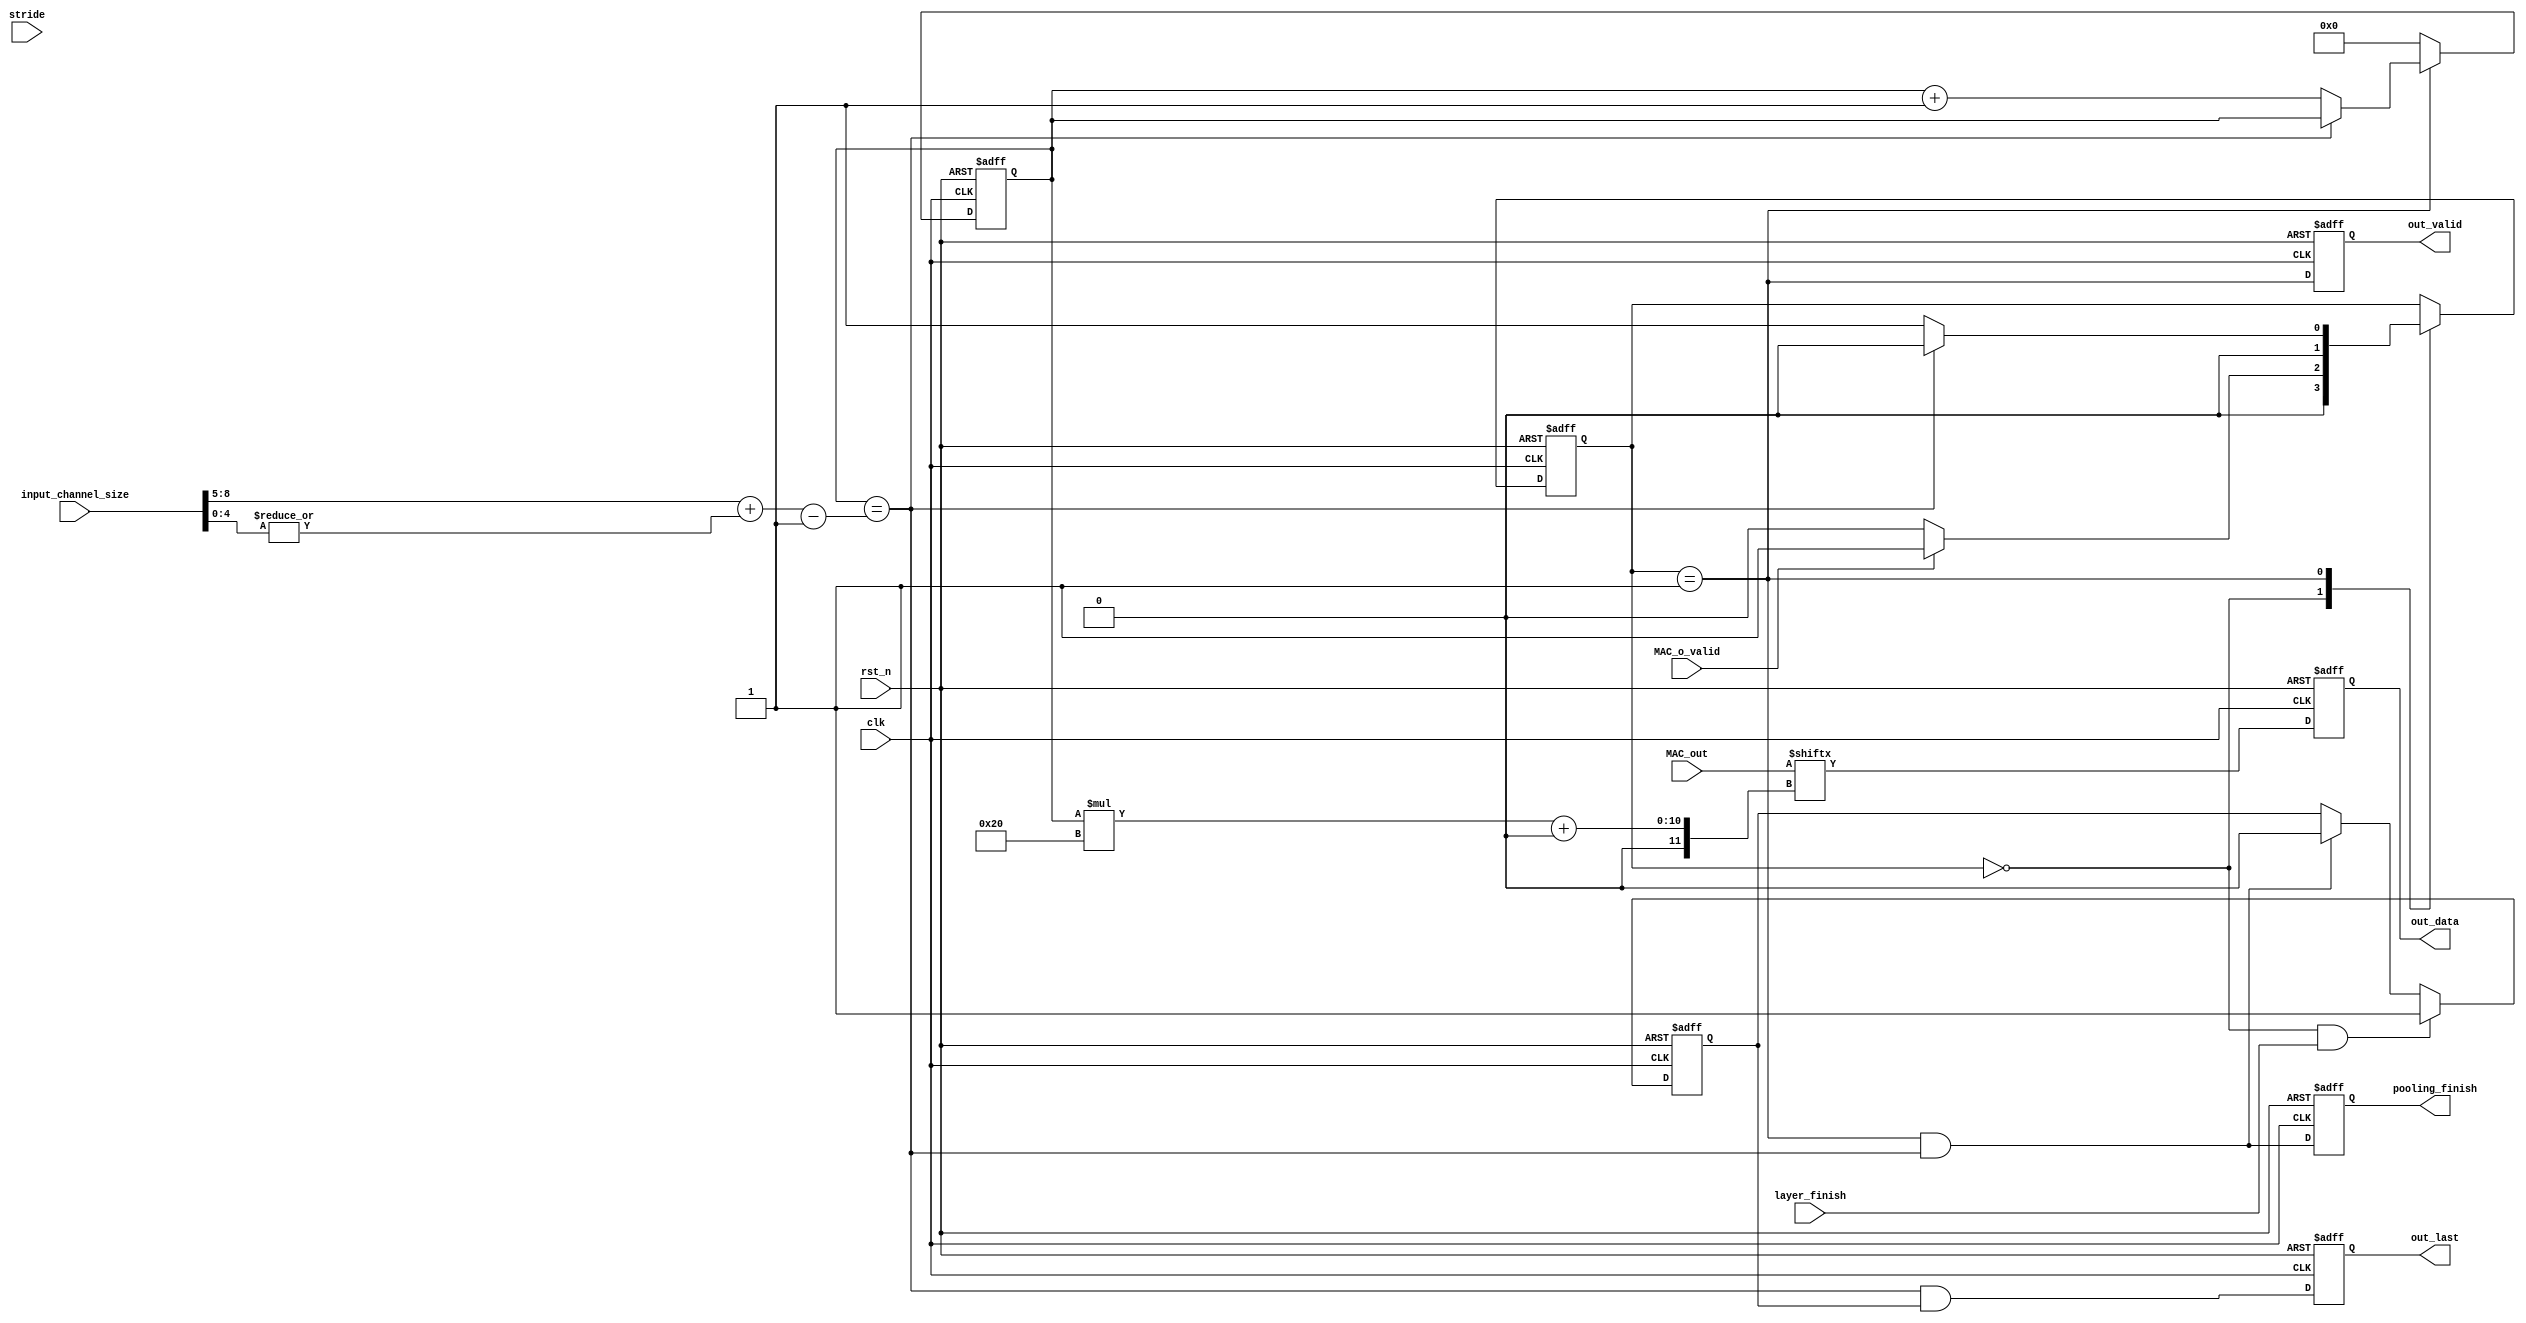
/*
	module  pool_out_data_package

	input   data from MAC

	output  M_AXIS data
	
	MACAXIS

	MAC256bit32bitaxis_master

*/
`timescale  10ns / 10ns

	module pool_out_data_package #
	(
		parameter integer C_M_AXIS_TDATA_WIDTH	= 32
	)
	(
		input wire clk,
    	input wire rst_n,

		input wire layer_finish,
        input wire MAC_o_valid,
        input wire [255:0]MAC_out,

		input wire [11:0] input_channel_size,
		input wire [2:0] stride,

        output reg pooling_finish,
		
        output reg out_valid,
        output reg out_last,
        output reg [C_M_AXIS_TDATA_WIDTH-1:0] out_data

	);
	//=================================================================================

	///////////////////function//////////////////////////
	function integer clogb2 (input integer bit_depth);                                   
	  begin                                                                              
	    for(clogb2=0; bit_depth>0; clogb2=clogb2+1)                                      
	      bit_depth = bit_depth >> 1;                                                    
	  end                                                                                
	endfunction  
	///////////////////localparam////////////////////////
	localparam IDLE 	= 2'd0;
    localparam OUT 		= 2'd1;
	///////////////////reg//////////////////////////
	reg [1:0] state;
	reg [3:0] transfer_cnt;

	reg last_buf;
	///////////////////wire//////////////////////////
	wire [3:0] transfer_num;
	assign transfer_num = (input_channel_size[11:5]+(|input_channel_size[4:0]))-4'd1;
	////////////////////output/////////////////////////
	always @(posedge clk or negedge rst_n) begin
        if(!rst_n) begin
           	out_valid <= 1'd0;
        end
        else begin
			out_valid <= (state==OUT);
        end
    end
	always @(posedge clk or negedge rst_n) begin
        if(!rst_n) begin
           	out_last <= 1'd0;
        end
        else begin
			out_last <= ((transfer_cnt==transfer_num) && last_buf);
        end
    end
	always @(posedge clk or negedge rst_n) begin
        if(!rst_n) begin
           	out_data <= 32'd0;
        end
        else begin
			out_data <= MAC_out[transfer_cnt*32 +: 32];
        end
    end
	always @(posedge clk or negedge rst_n) begin
        if(!rst_n) begin
           	pooling_finish <= 1'd0;
        end
        else begin
			pooling_finish <= ((transfer_cnt==transfer_num) && (state == OUT));
        end
    end
	////////////////////state//////////////////////////
	always @(posedge clk or negedge rst_n) begin
        if(!rst_n) begin
           	state <= IDLE;
        end
        else begin
			case(state)
				IDLE	: state <= MAC_o_valid ? OUT : IDLE;
				OUT		: state <= (transfer_cnt==transfer_num) ? IDLE : OUT;
			endcase
        end
    end

	always @(posedge clk or negedge rst_n) begin
        if(!rst_n) begin
           	transfer_cnt <= 4'd0;
        end
        else begin
			transfer_cnt <= (state == OUT) ? ((transfer_cnt == transfer_num) ? transfer_cnt : transfer_cnt+4'd1) : 4'd0;
        end
    end

	always @(posedge clk or negedge rst_n) begin
        if(!rst_n) begin
           	last_buf <= 1'd0;
        end
        else begin
			last_buf <= (state == IDLE && layer_finish) ? 1'd1:
						(state == OUT && (transfer_cnt==transfer_num)) ? 1'd0 : last_buf;
        end
    end

	//=================================================================================
endmodule